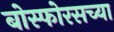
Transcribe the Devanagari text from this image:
बोस्फोरसच्या